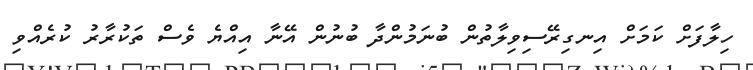
ހިލާފަށް ކަމަށް އިނގިރޭސިވިލާތުން ބުނަމުންދާ ބުނުން އޭނާ އިއްޔެ ވެސް ތަކުރާރު ކުރެއްވި